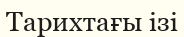
Тарихтағы ізі